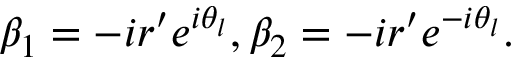
\beta _ { 1 } = - i r ^ { \prime } e ^ { i \theta _ { l } } , \beta _ { 2 } = - i r ^ { \prime } e ^ { - i \theta _ { l } } .